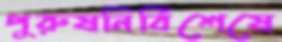
পুরুষনির্বিশেষে